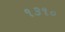
૧૩૧૦